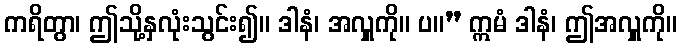
ကရိတွာ၊ ဤသို့နှလုံးသွင်း၍။ ဒါနံ၊ အလှူကို။ ပ။” ဣမံ ဒါနံ၊ ဤအလှူကို။